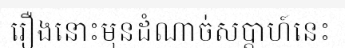
រឿងនោះមុនដំណាច់សប្តាហ៍នេះ